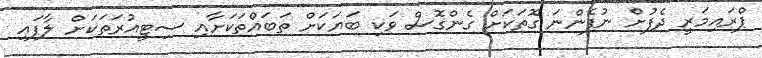
ޕްރައިމަރީ ދެފުށް ނުފެންނަ ގޮތަކަށް ގެންގޮސް ވަކި ބަޔަކަށް ތަބައްތަކަށާއި ސިޓީއުރަތަކަށް ލާފައި